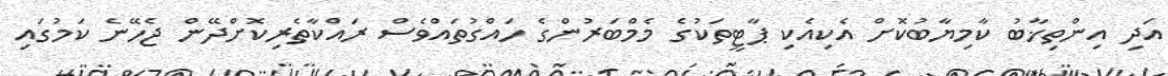
އަދި އިންތިޚާބު ކާމިޔާބުކޮށް އެކިއެކި ޕާޓީތަކުގެ މެމްބަރުންގެ ހައްގުތައްވެސް ރައްކާތެރިކޮށްދޭން ޖެހޭނެ ކަމުގައި